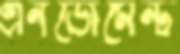
এনডোমেন্ট